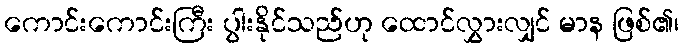
ကောင်းကောင်းကြီး ပွါးနိုင်သည်ဟု ထောင်လွှားလျှင် မာန ဖြစ်၏၊